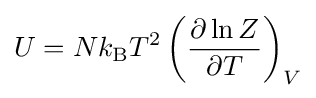
U=Nk_{\text{B}}T^{2}\left({\frac {\partial \ln Z}{\partial T}}\right)_{V}